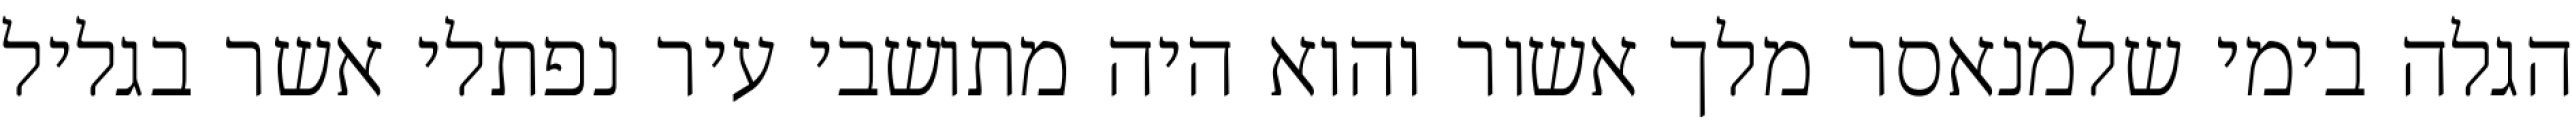
הגלה בימי שלמנאסר מלך אשור והוא היה מתושבי עיר נפתלי אשר בגליל